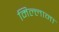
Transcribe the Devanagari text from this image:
मिल्लाना